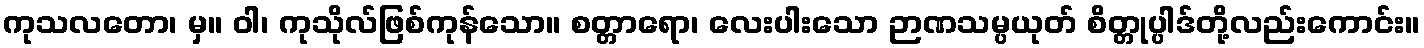
ကုသလတော၊ မှ။ ဝါ၊ ကုသိုလ်ဖြစ်ကုန်သော။ စတ္တာရော၊ လေးပါးသော ဉာဏသမ္ပယုတ် စိတ္တုပ္ပါဒ်တို့လည်းကောင်း။